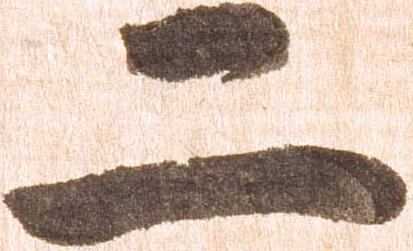
二